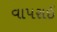
વાપરાઈ